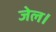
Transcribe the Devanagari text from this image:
जेल।